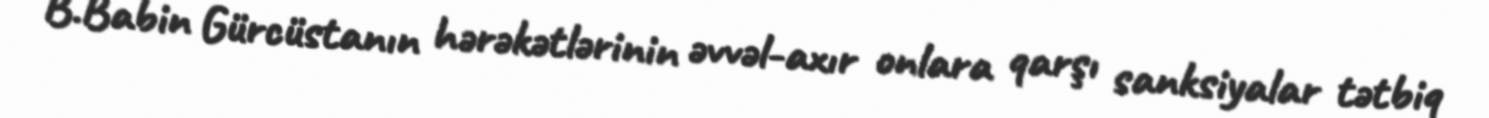
B.Babin Gürcüstanın hərəkətlərinin əvvəl-axır onlara qarşı sanksiyalar tətbiq